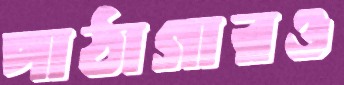
পাঠাগারও